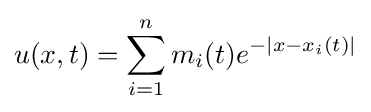
\displaystyle u(x,t)=\sum _{i=1}^{n}m_{i}(t)e^{-|x-x_{i}(t)|}